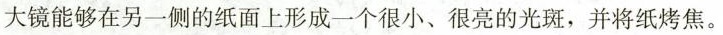
大镜能够在另一侧的纸面上形成一个很小、很亮的光斑，并将纸烤焦。